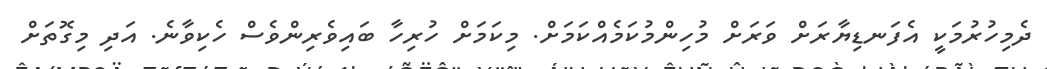
ދެމިހުރުމަކީ އެފަނޑިޔާރަށް ވަރަށް މުހިންމުކަމެއްކަމަށް. މިކަމަށް ހުރިހާ ބައިވެރިންވެސް ހެކިވާނެ. އަދި މިގޮތަށް